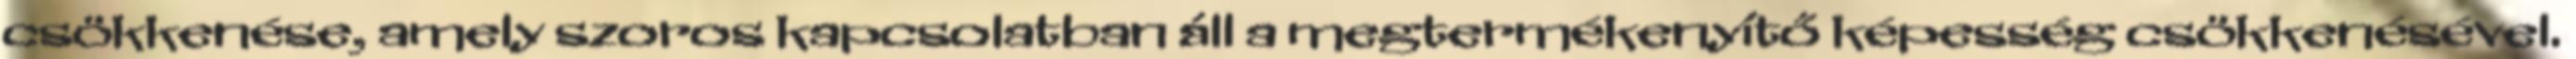
csökkenése, amely szoros kapcsolatban áll a megtermékenyítő képesség csökkenésével.